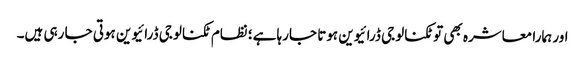
اور ہمارا معاشرہ بھی تو ٹکنالوجی ڈرائیوین ہوتا جارہا ہے؛ نظام ٹکنالوجی ڈرائیوین ہوتی جا رہی ہیں۔